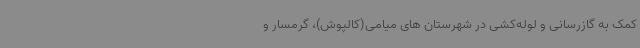
کمک به گازرسانی و لوله‌کشی در شهرستان های میامی(کالپوش)، گرمسار و